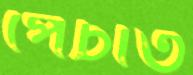
পেঁচাত